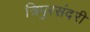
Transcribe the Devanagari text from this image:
त्रिपुरसंदरी